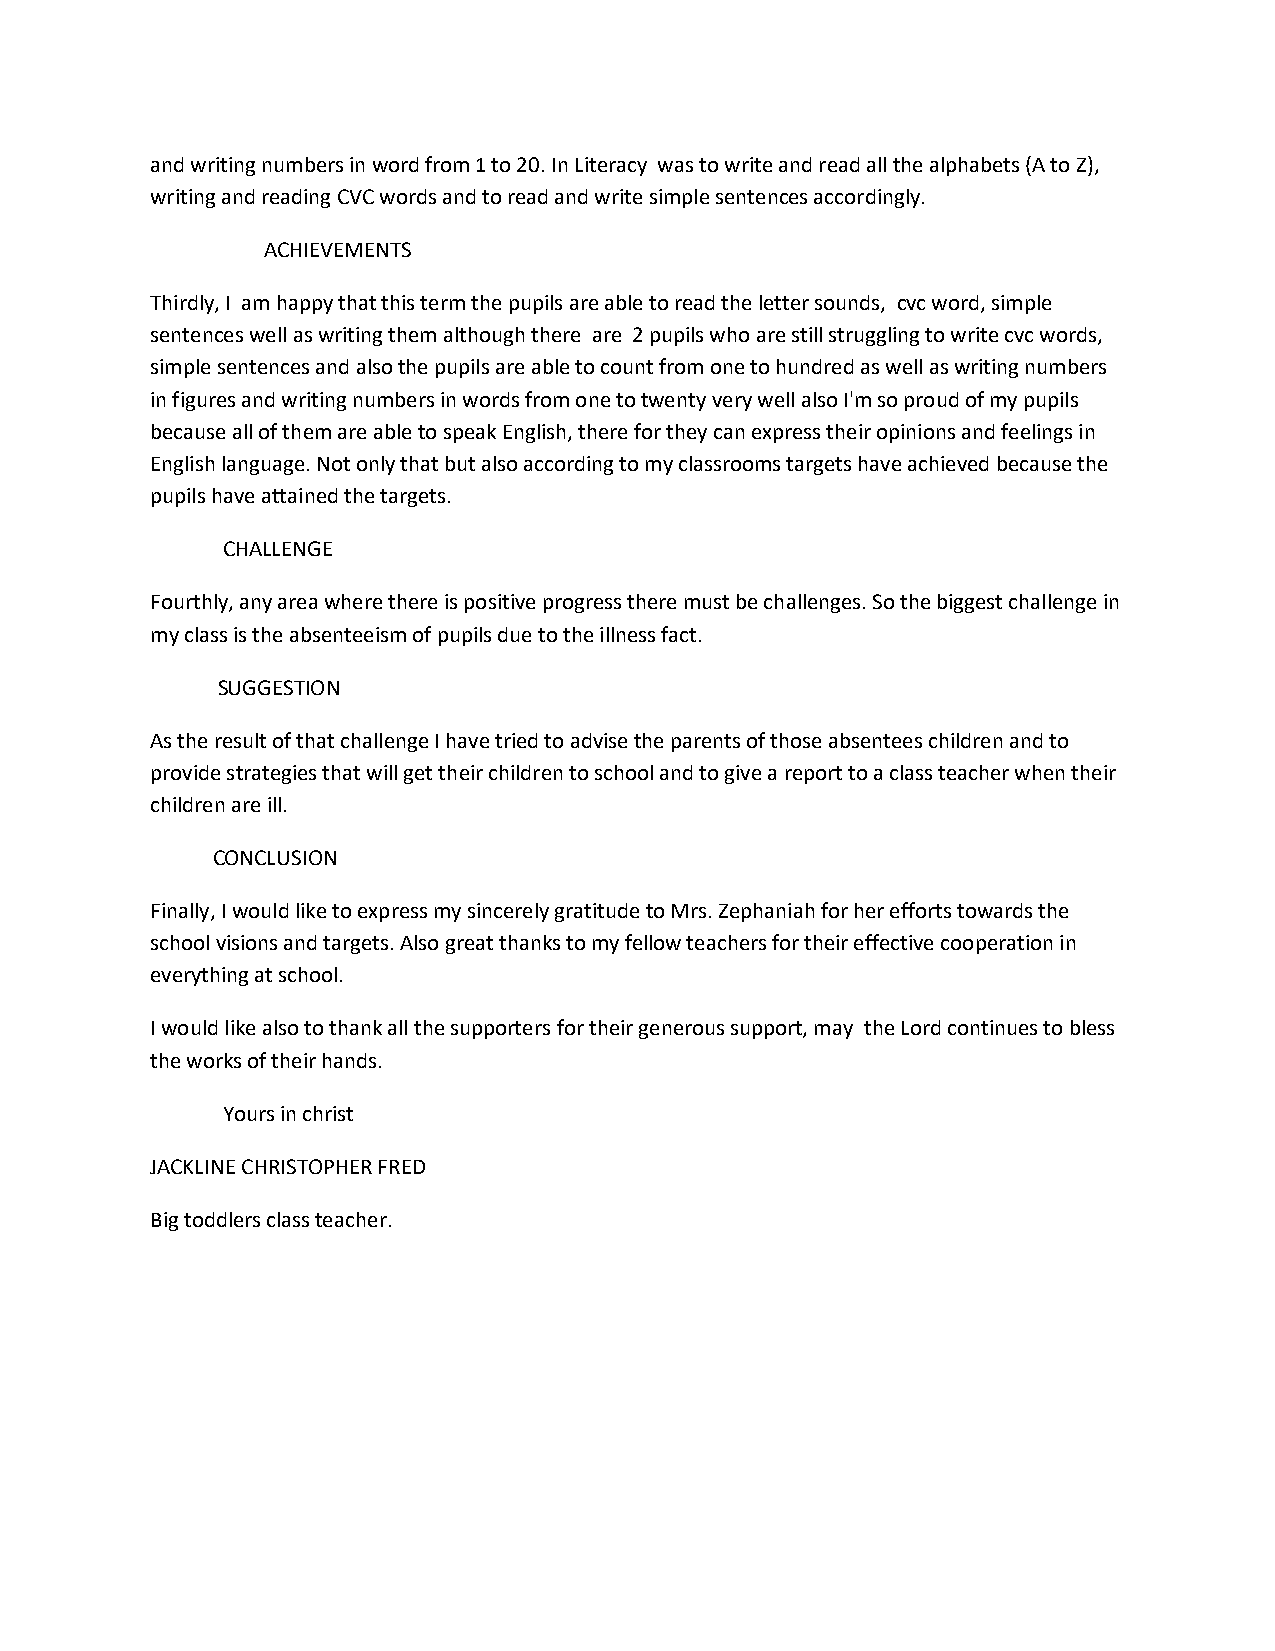
and writing numbers in word from 1 to 20. In Literacy was to write and read all the alphabets (A to Z),
 writing and reading CVC words and to read and write simple sentences accordingly.
 ACHIEVEMENTS
 Thirdly, I am happy that this term the pupils are able to read the letter sounds, cvc word, simple
 sentences well as writing them although there are 2 pupils who are still struggling to write cvc words,
 simple sentences and also the pupils are able to count from one to hundred as well as writing numbers
 in figures and writing numbers in words from one to twenty very well also I'm so proud of my pupils
 because all of them are able to speak English, there for they can express their opinions and feelings in
 English language. Not only that but also according to my classrooms targets have achieved because the
 pupils have attained the targets.
 CHALLENGE
 Fourthly, any area where there is positive progress there must be challenges. So the biggest challenge in
 my class is the absenteeism of pupils due to the illness fact.
 SUGGESTION
 As the result of that challenge I have tried to advise the parents of those absentees children and to
 provide strategies that will get their children to school and to give a report to a class teacher when their
 children are ill.
 CONCLUSION
 Finally, I would like to express my sincerely gratitude to Mrs. Zephaniah for her efforts towards the
 school visions and targets. Also great thanks to my fellow teachers for their effective cooperation in
 everything at school.
 I would like also to thank all the supporters for their generous support, may the Lord continues to bless
 the works of their hands.
 Yours in christ
 JACKLINE CHRISTOPHER FRED
 Big toddlers class teacher.